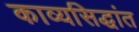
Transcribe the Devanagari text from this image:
काव्यसिद्धांत